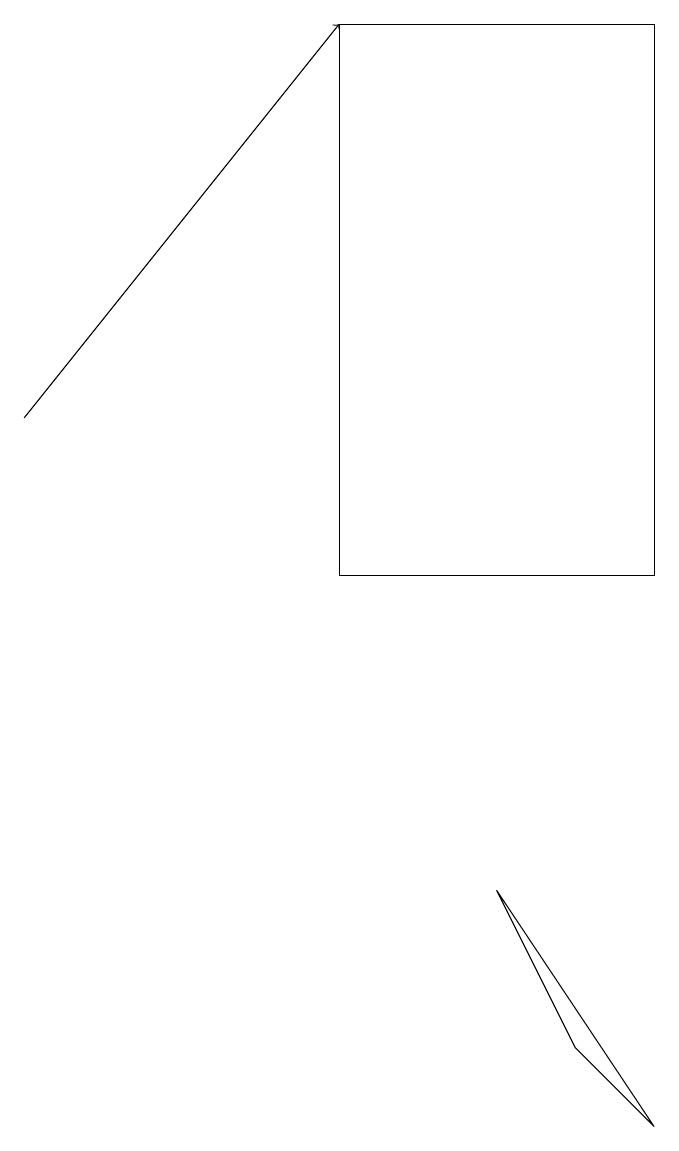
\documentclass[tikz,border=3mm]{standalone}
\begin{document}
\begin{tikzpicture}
\draw (7,7) -- (9,4) -- (8,5) -- cycle;
\draw[->] (1,13) -- (5,18);
\draw (5,18) rectangle (9,11);
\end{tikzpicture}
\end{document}